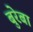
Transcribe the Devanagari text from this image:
बुरेबा